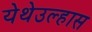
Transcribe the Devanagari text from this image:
येथेउल्हास